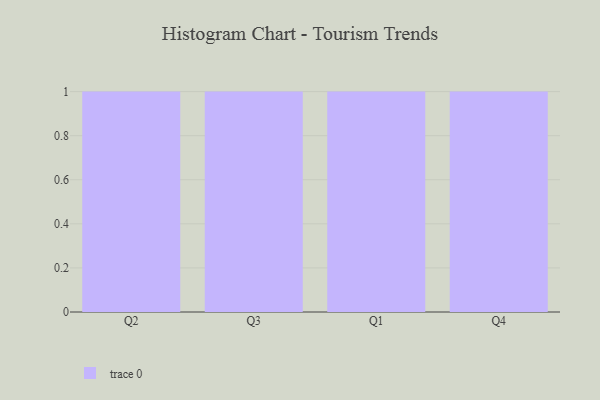
{"axis": {"x": "Quarter", "y": "Humidity (%)"}, "legend": [""], "data": [{"x": "Q2", "y": 74, "type": ""}, {"x": "Q3", "y": 72, "type": ""}, {"x": "Q1", "y": 94, "type": ""}, {"x": "Q4", "y": 13, "type": ""}]}